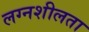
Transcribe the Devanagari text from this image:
लग्नशीलता